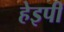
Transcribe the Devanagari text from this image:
हेइपी